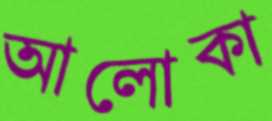
আলোকা